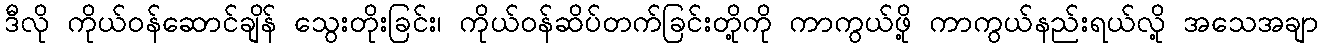
ဒီလို ကိုယ်ဝန်ဆောင်ချိန် သွေးတိုးခြင်း၊ ကိုယ်ဝန်ဆိပ်တက်ခြင်းတို့ကို ကာကွယ်ဖို့ ကာကွယ်နည်းရယ်လို့ အသေအချာ